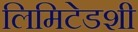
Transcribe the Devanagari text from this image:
लिमिटेडशी